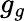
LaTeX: g_{g}